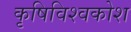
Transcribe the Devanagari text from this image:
कृषिविश्वकोश